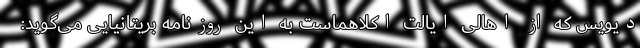
دیویس که از اهالی ایالت اکلاهماست به این روزنامه بریتانیایی می‌گوید: